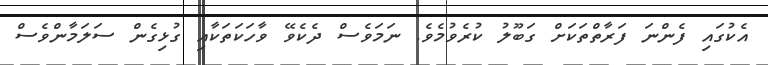
އެކުގައި ފެންނަ ފަރާތްތަކަށް ގަބޫލު ކުރެވުމެވެ. ނަމަވެސް ދެކެވޭ ވާހަކަތަކާއި ގުޅިގެން ސަލަމާންވެސް